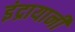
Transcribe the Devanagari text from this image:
इंद्रायानी